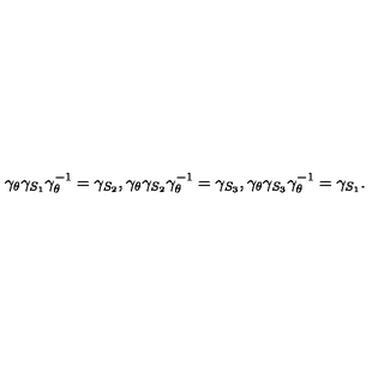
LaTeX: \gamma _ { \theta } \gamma _ { S _ { 1 } } \gamma _ { \theta } ^ { - 1 } = \gamma _ { S _ { 2 } } , \gamma _ { \theta } \gamma _ { S _ { 2 } } \gamma _ { \theta } ^ { - 1 } = \gamma _ { S _ { 3 } } , \gamma _ { \theta } \gamma _ { S _ { 3 } } \gamma _ { \theta } ^ { - 1 } = \gamma _ { S _ { 1 } } .